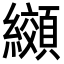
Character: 纐